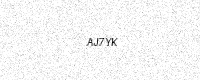
Text: AJ7YK